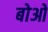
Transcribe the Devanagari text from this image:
बोओ